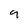
Character: 9